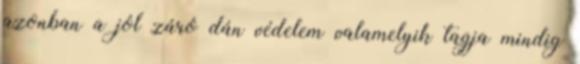
azonban a jól záró dán védelem valamelyik tagja mindig